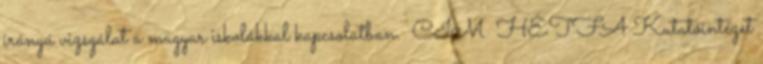
irányú vizsgálat a magyar iskolákkal kapcsolatban. CÍM HÉTFA Kutatóintézet